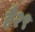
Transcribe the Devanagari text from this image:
है२९